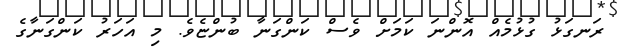
ރަނގަޅު ގުޅުމެއް އޮންނަ ކަމަށް ވެސް ކަންގަނާ ބުންޏެވެ. މި އަހަރު ކަންގަނާގެ